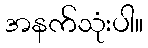
အနက်သုံးပါ။